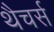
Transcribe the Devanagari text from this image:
थैचर्स